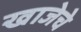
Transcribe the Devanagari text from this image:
खाजेचे